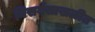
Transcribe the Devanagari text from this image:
निसर्गसाखळीत